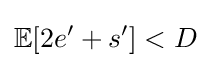
\mathbb {E} [2e'+s']<D